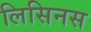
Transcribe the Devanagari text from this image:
लिसिनस